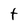
Character: t